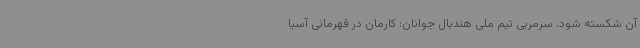
آن شکسته شود. سرمربی تیم ملی هندبال جوانان: کارمان در قهرمانی آسیا